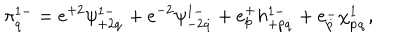
\pi _ { \dot { q } } ^ { 1 - } = e ^ { + 2 } \psi _ { + 2 \dot { q } } ^ { 1 - } + e ^ { - 2 } \psi _ { - 2 \dot { q } } ^ { 1 - } + e _ { p } ^ { + } h _ { + p \dot { q } } ^ { 1 - } + e _ { \dot { p } } ^ { - } \chi _ { \dot { p } \dot { q } } ^ { 1 } ,